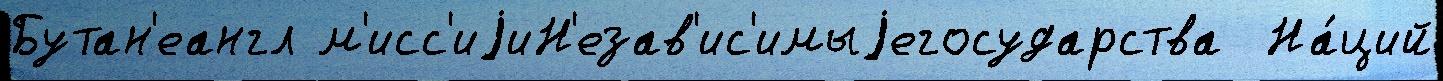
Бутан'еангл м'исс'иjиН'езав'ис'имыjегосударства  На́ций